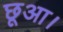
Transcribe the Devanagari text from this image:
छूआ।